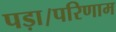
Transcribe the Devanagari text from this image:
पड़ा।परिणाम